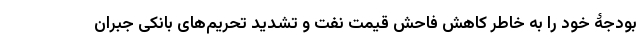
بودجۀ خود را به خاطر کاهش فاحش قیمت نفت و تشدید تحریم‌های بانکی جبران